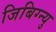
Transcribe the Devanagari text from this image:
जिबिग्न्यु